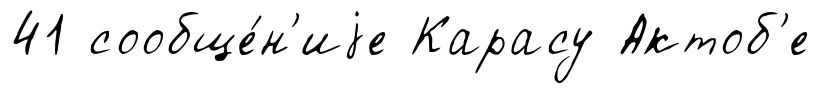
41 сообще́н'иjе Карасу Актоб'е